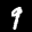
Label: 9